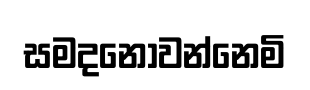
සමදනොවන්නෙමි